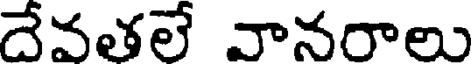
దేవతలే వానరాలు